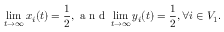
\operatorname* { l i m } _ { t \to \infty } x _ { i } ( t ) = \frac { 1 } { 2 } , \mathrm { ~ a ~ n ~ d ~ } \operatorname* { l i m } _ { t \to \infty } y _ { i } ( t ) = \frac { 1 } { 2 } , \forall i \in V _ { 1 } .